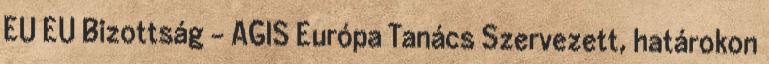
EU EU Bizottság - AGIS Európa Tanács Szervezett, határokon